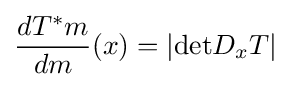
{\frac {dT^{*}m}{dm}}(x)=|{\text{det}}D_{x}T|